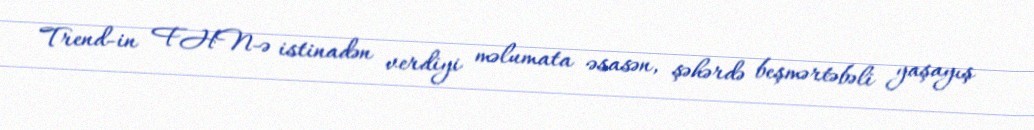
Trend-in FHN-ə istinadən verdiyi məlumata əsasən, şəhərdə beşmərtəbəli yaşayış